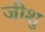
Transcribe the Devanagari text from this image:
जीशु